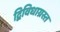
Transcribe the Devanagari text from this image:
द्विविधाग्रस्त